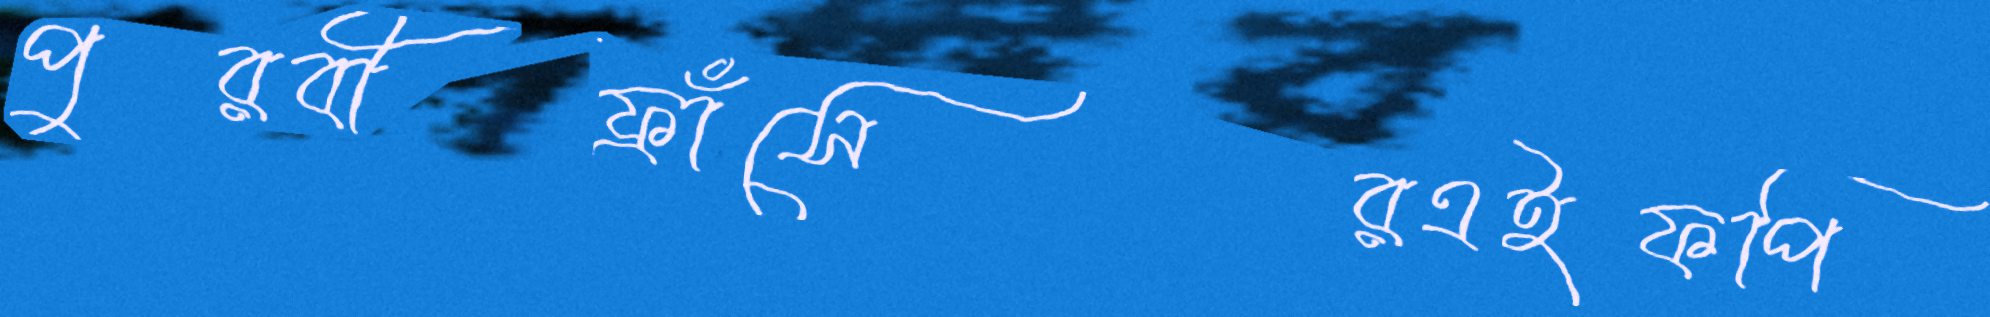
পুরবীফ্রাঁসেরএইফপি